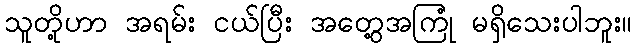
သူတို့ဟာ အရမ်း ငယ်ပြီး အတွေ့အကြုံ မရှိသေးပါဘူး။